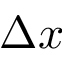
\Delta x